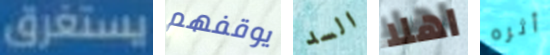
يستغرق يوقفهم السد اهلا أثره